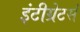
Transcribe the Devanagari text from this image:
इंटीग्रेटर्स